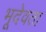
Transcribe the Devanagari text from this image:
भूदेवता